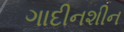
ગાદીનશીન